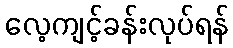
လေ့ကျင့်ခန်းလုပ်ရန်